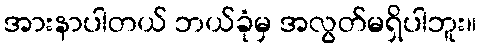
အားနာပါတယ် ဘယ်ခုံမှ အလွတ်မရှိပါဘူး။